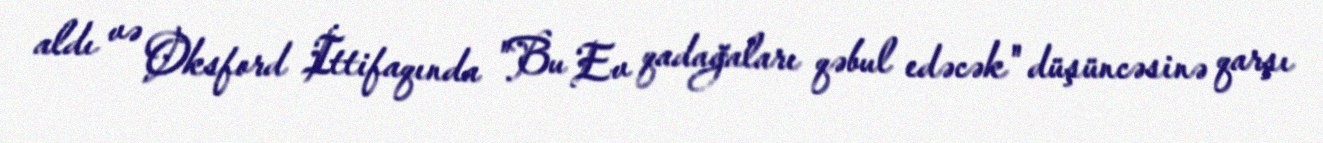
aldı və Oksford İttifaqında "Bu Ev qadağaları qəbul edəcək" düşüncəsinə qarşı